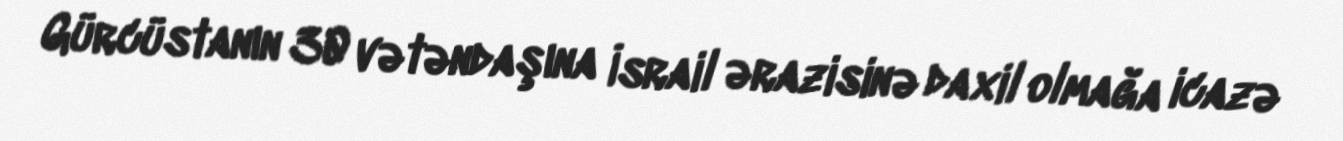
Gürcüstanın 30 vətəndaşına İsrail ərazisinə daxil olmağa icazə